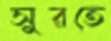
সুরতে